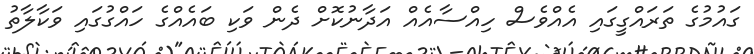
ގައުމުގެ ތަރައްގީގައި އެއްވެސް ހިއްސާއެއް އަދާނުކޮށް ދެން ވަކި ބައެއްގެ ހައްގުގައި ވަކާލާތު